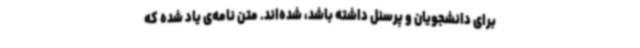
برای دانشجویان و پرسنل داشته باشد، شده‌اند. متن نامه‌ی یاد شده که